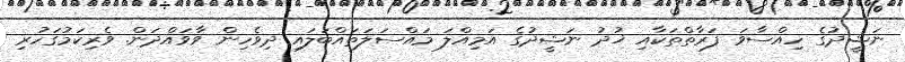
ނަޝީދުގެ ހިއްސާވަަ ފަރާތްތަކާއި ޚުދު ނަޝީދުގެ އަމިއްލަ މައްސަލަތައްބަލައި ދިވެހިން ވާވައްދަން. ވެރިކަމުގަހުރި